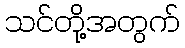
သင်တို့အတွက်